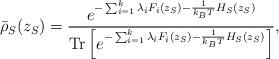
LaTeX: \begin{align*}\bar{\rho}_S(z_S) = \frac{e^{-\sum_{i=1}^k\lambda_iF_i(z_S) -\frac{1}{k_BT}H_S(z_S)}} {\mathrm{Tr}\left[e^{-\sum_{i=1}^k\lambda_iF_i(z_S) -\frac{1}{k_BT}H_S(z_S)}\right]},\end{align*}